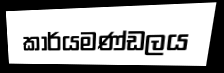
කාර්යමණ්ඩලය